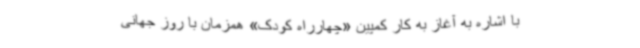
با اشاره به آغاز به کار کمپین «چهارراه کودک» همزمان با روز جهانی